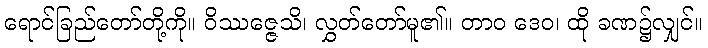
ရောင်ခြည်တော်တို့ကို။ ဝိဿဇ္ဇေသိ၊ လွှတ်တော်မူ၏။ တာဝ ဒေဝ၊ ထို ခဏ၌လျှင်။